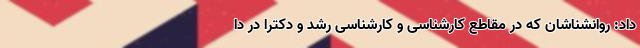
داد: روانشناشان که در مقاطع کارشناسی و کارشناسی رشد و دکترا در دا